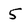
Character: 5